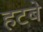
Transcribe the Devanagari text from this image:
हटबे